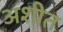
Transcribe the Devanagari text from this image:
अशीत